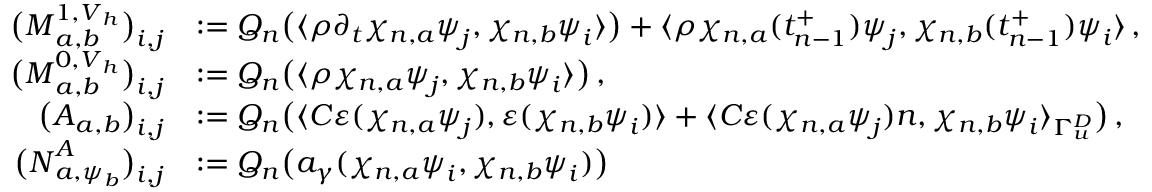
\begin{array} { r l } { \big ( \boldsymbol M _ { { a } , { b } } ^ { 1 , \boldsymbol V _ { h } } \big ) _ { i , j } } & { : = Q _ { n } \big ( \langle \rho \partial _ { t } \chi _ { n , a } \boldsymbol \psi _ { j } , \chi _ { n , b } \boldsymbol \psi _ { i } \rangle \big ) + \langle \rho \chi _ { n , a } ( t _ { n - 1 } ^ { + } ) \boldsymbol \psi _ { j } , \chi _ { n , b } ( t _ { n - 1 } ^ { + } ) \boldsymbol \psi _ { i } \rangle \, , } \\ { \big ( \boldsymbol M _ { { a } , { b } } ^ { 0 , \boldsymbol V _ { h } } \big ) _ { i , j } } & { : = Q _ { n } \big ( \langle \rho \chi _ { n , a } \boldsymbol \psi _ { j } , \chi _ { n , b } \boldsymbol \psi _ { i } \rangle \big ) \, , } \\ { \big ( \boldsymbol A _ { { a } , { b } } \big ) _ { i , j } } & { : = Q _ { n } \big ( \langle \boldsymbol C \boldsymbol \varepsilon ( \chi _ { n , a } \boldsymbol \psi _ { j } ) , \boldsymbol \varepsilon ( \chi _ { n , b } \boldsymbol \psi _ { i } ) \rangle + \langle \boldsymbol C \boldsymbol \varepsilon ( \chi _ { n , a } \boldsymbol \psi _ { j } ) \boldsymbol n , \chi _ { n , b } \boldsymbol \psi _ { i } \rangle _ { \Gamma _ { \boldsymbol u } ^ { D } } \big ) \, , } \\ { \big ( \boldsymbol N _ { { a } , \boldsymbol \psi _ { b } } ^ { A } \big ) _ { i , j } } & { : = Q _ { n } \big ( a _ { \gamma } ( \chi _ { n , a } \boldsymbol \psi _ { i } , \chi _ { n , b } \boldsymbol \psi _ { i } ) \big ) } \end{array}